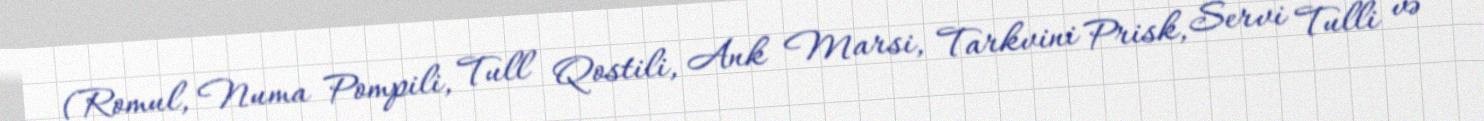
(Romul, Numa Pompili, Tull Qostili, Ank Marsi, Tarkvini Prisk, Servi Tulli və